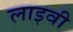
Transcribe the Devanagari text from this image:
लाइवी